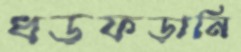
ধড়ফড়ানি